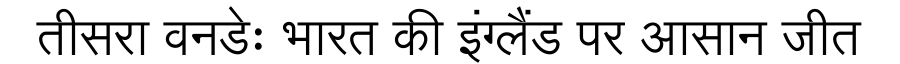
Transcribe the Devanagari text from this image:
तीसरा वनडेः भारत की इंग्लैंड पर आसान जीत